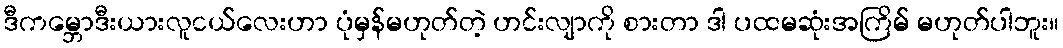
ဒီကမ္ဘောဒီးယားလူငယ်လေးဟာ ပုံမှန်မဟုတ်တဲ့ ဟင်းလျာကို စားတာ ဒါ ပထမဆုံးအကြိမ် မဟုတ်ပါဘူး။